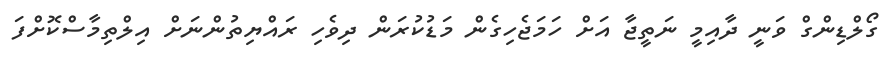
ގޯލްޑިންގް ވަނީ ދާއިމީ ނަތީޖާ އަށް ހަމަޖެހިގެން މަޑުކުރަން ދިވެހި ރައްޔިތުންނަށް އިލްތިމާސްކޮށްފަ